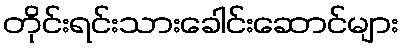
တိုင်းရင်းသားခေါင်းဆောင်များ